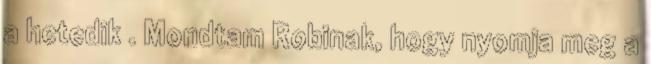
a hetedik . Mondtam Robinak, hogy nyomja meg a